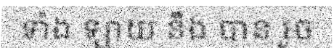
ទាំង ឡាយ នឹង បាន រួច